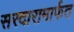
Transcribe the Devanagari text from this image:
सरदारामार्फत